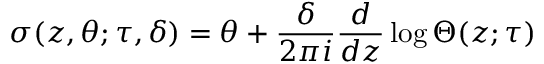
\sigma ( z , \theta ; \tau , \delta ) = \theta + \frac { \delta } { 2 \pi i } \frac { d } { d z } \log \Theta ( z ; \tau )